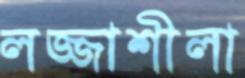
লজ্জাশীলা